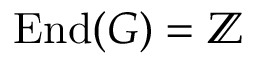
{ \mathrm { E n d } } ( G ) = \mathbb { Z }